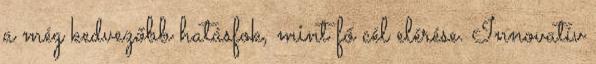
a még kedvezőbb hatásfok, mint fő cél elérése. Innovatív